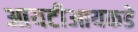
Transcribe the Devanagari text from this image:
आयटीआयकडे